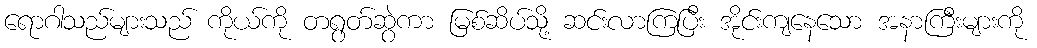
ရောဂါသည်များသည် ကိုယ်ကို တရွတ်ဆွဲကာ မြစ်ဆိပ်သို့ ဆင်းလာကြပြီး အိုင်းကျနေသော အနာကြီးများကို